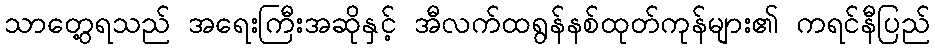
သာတွေ့ရသည် အရေးကြီးအဆိုနှင့် အီလက်ထရွန်နစ်ထုတ်ကုန်များ၏ ကရင်နီပြည်